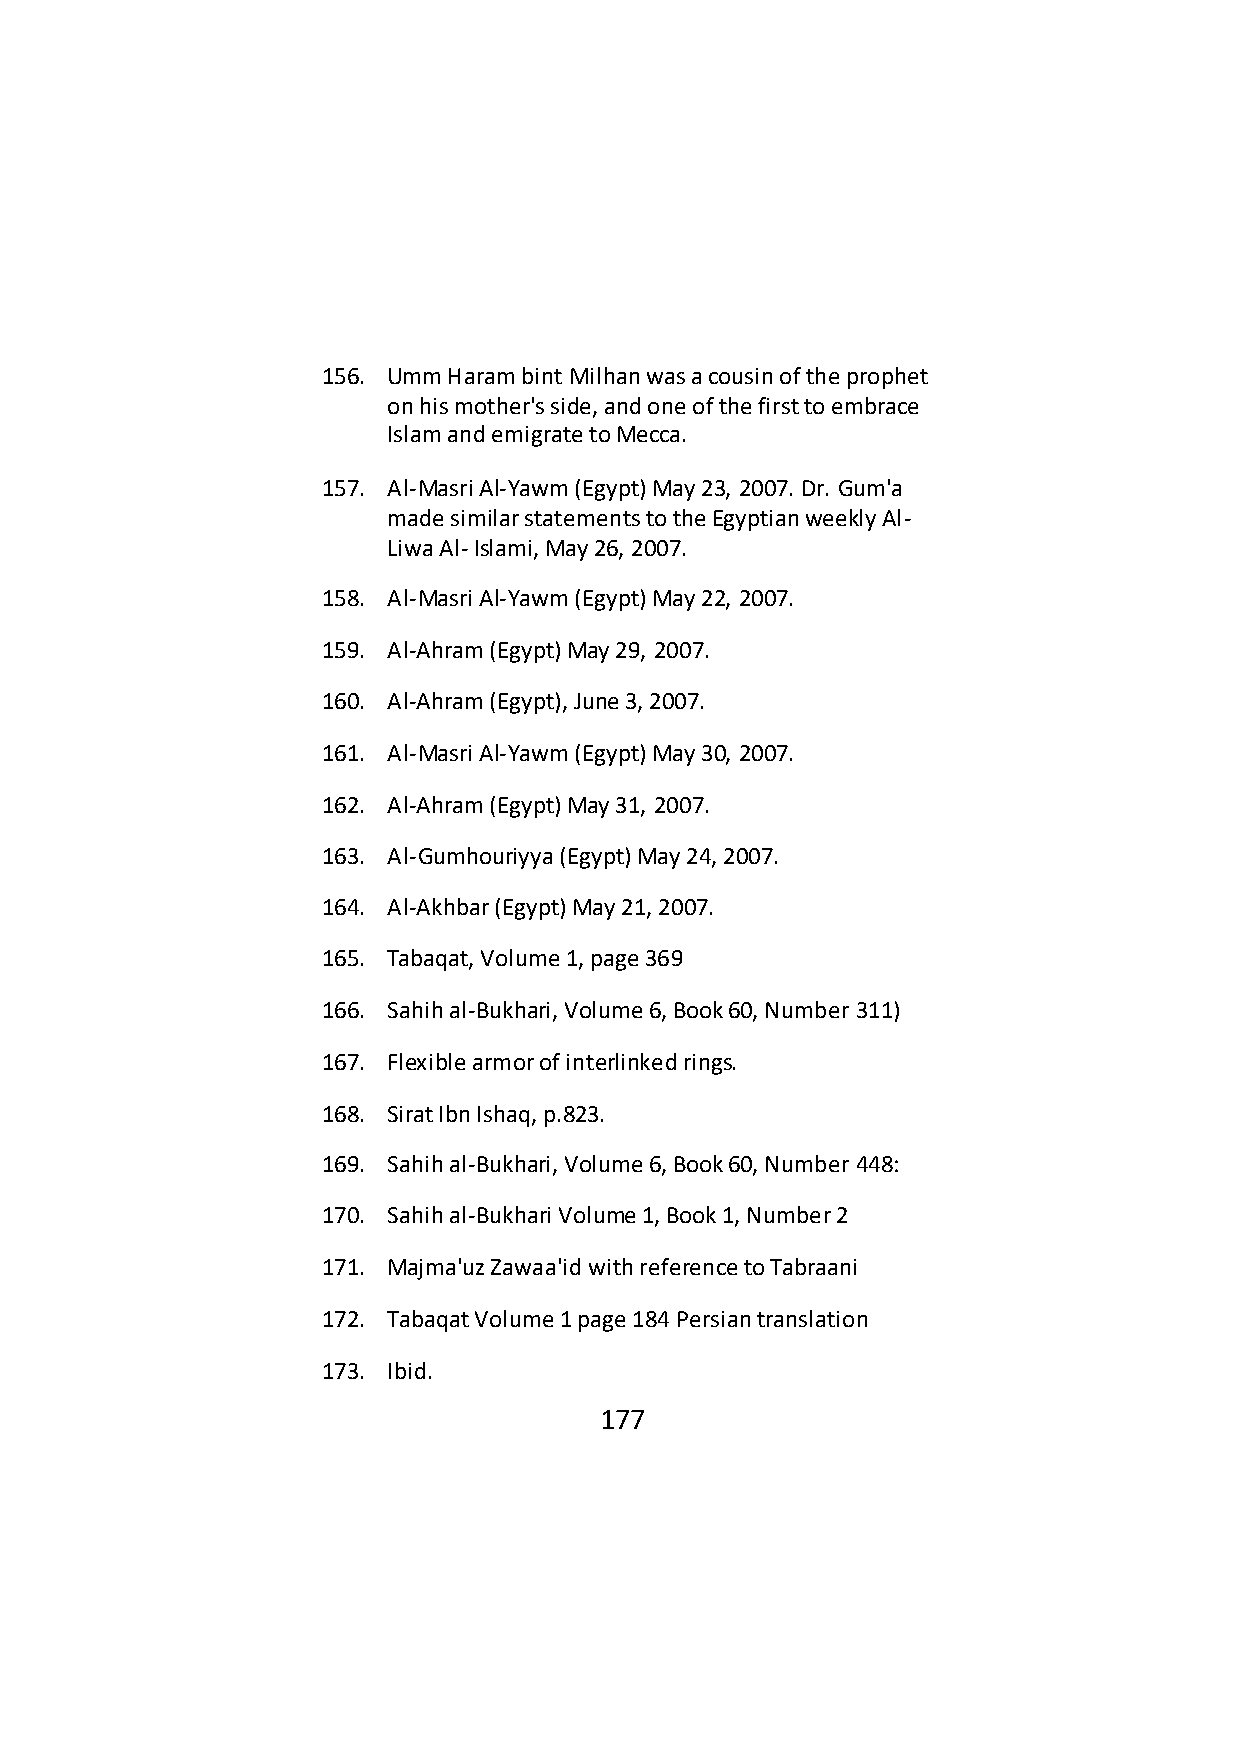
156. Umm Haram bint Milhan was a cousin of the prophet
 on his mother's side, and one of the first to embrace
 Islam and emigrate to Mecca.
 157. Al-Masri Al-Yawm (Egypt) May 23, 2007. Dr. Gum'a
 made similar statements to the Egyptian weekly Al-
 Liwa Al- Islami, May 26, 2007.
 158. Al-Masri Al-Yawm (Egypt) May 22, 2007.
 159. Al-Ahram (Egypt) May 29, 2007.
 160. Al-Ahram (Egypt), June 3, 2007.
 161. Al-Masri Al-Yawm (Egypt) May 30, 2007.
 162. Al-Ahram (Egypt) May 31, 2007.
 163. Al-Gumhouriyya (Egypt) May 24, 2007.
 164. Al-Akhbar (Egypt) May 21, 2007.
 165. Tabaqat, Volume 1, page 369
 166. Sahih al-Bukhari, Volume 6, Book 60, Number 311)
 167. Flexible armor of interlinked rings.
 168. Sirat Ibn Ishaq, p.823.
 169. Sahih al-Bukhari, Volume 6, Book 60, Number 448:
 170. Sahih al-Bukhari Volume 1, Book 1, Number 2
 171. Majma'uz Zawaa'id with reference to Tabraani
 172. Tabaqat Volume 1 page 184 Persian translation
 173. Ibid.
 177